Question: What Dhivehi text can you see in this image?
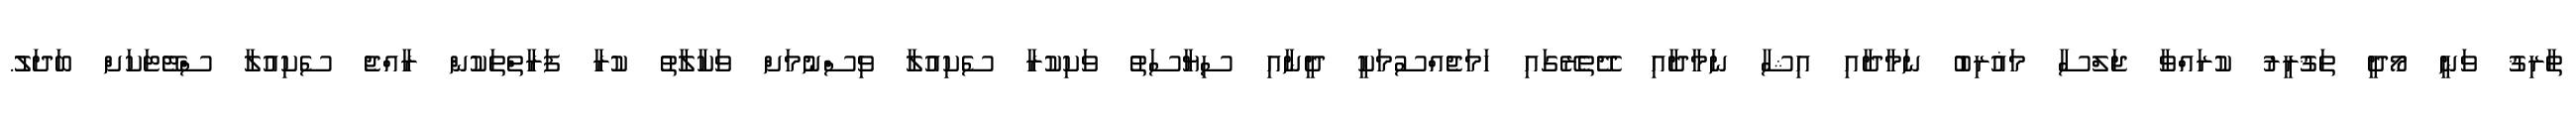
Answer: ޠާރިޤު ވަނީ މޯދީ ތަޤުރީރު ކުރައްވާ ޖަލްސާ މަޣުރިބު ނަމާދާއި އިޝާ ނަމާދާއި ދޭތެރޭގައި ހަމަޖެއްސުމަކީ ދީނާއި ސިޔާސަތު ވަކިކުރާ ސެކިއުލާ ވިސްނުމަށް ވަކާލާތު ކުރާ ފަރާތްތަކުން ރާއްޖެ ސެކިއުލާ ސްޓޭޓަކަށް ބަދަލު.